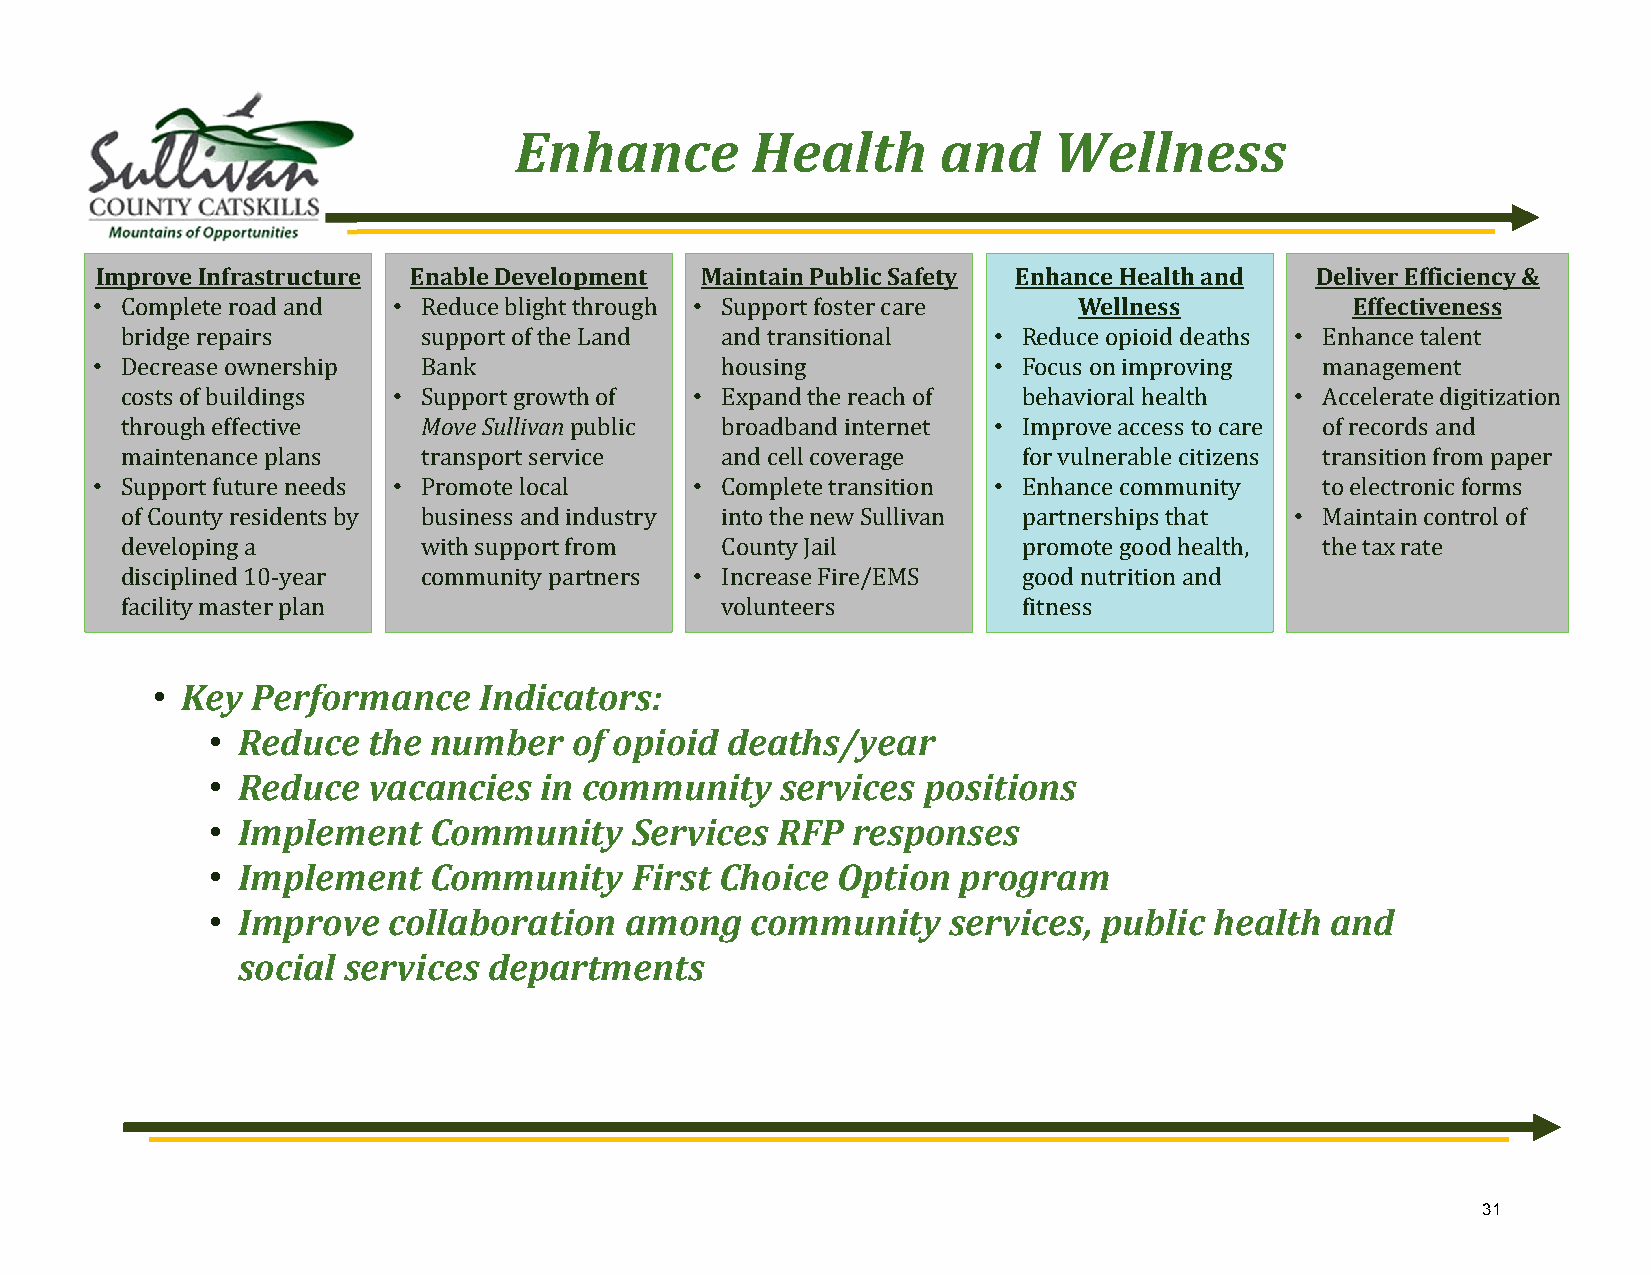
Enhance         Health      and     Wellness
 Improve Infrastructure Enable Development Maintain Public Safety Enhance Health and Deliver Efficiency &
 • Complete road and • Reduce blight through • Support foster care Wellness          Effectiveness
 bridge repairs      support of the Land and transitional  • Reduce opioid deaths • Enhance talent
 • Decrease ownership  Bank                housing           • Focus on improving management
 costs of buildings • Support growth of • Expand the reach of behavioral health • Accelerate digitization
 through effective   Move Sullivanpublic broadband internet • Improve access to care of records and
 maintenance plans   transport service   and cell coverage   for vulnerable citizens transition from paper
 • Support future needs • Promote local  • Complete transition • Enhance community to electronic forms
 of County residents by business and industry into the new Sullivan partnerships that • Maintain control of
 developing a        with support from   County Jail         promote good health, the tax rate
 disciplined 10-year community partners • Increase Fire/EMS  good nutrition and
 facility master plan                    volunteers          fitness
 • Key  Performance    Indicators:
 • Reduce  the number    of opioid deaths/year
 • Reduce  vacancies   in community    services positions
 • Implement   Community     Services RFP  responses
 • Implement   Community     First Choice Option  program
 • Improve   collaboration  among    community    services, public health  and
 social services departments
 31